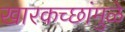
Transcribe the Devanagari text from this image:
खारकच्छांमुळे